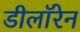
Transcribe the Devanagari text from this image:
डीलॉरेन